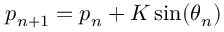
p _ { n + 1 } = p _ { n } + K \sin ( \theta _ { n } )